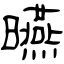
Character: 曣